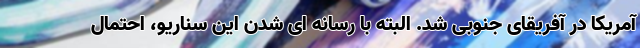
آمریکا در آفریقای جنوبی شد. البته با رسانه ای شدن این سناریو، احتمال